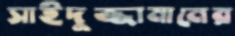
সাইদুজ্জামানের